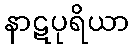
နာဋပုရိယာ